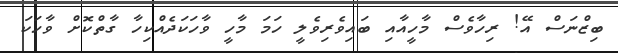
ބިޒްނަސް އޭ! ރިހާވެސް މާހީއާއި ބައިވެރިވެލީ ހަމަ މާހީ ވާހަކަދެއްކިހާ ގާތްކޮށް ވާހަކަ